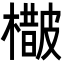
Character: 𣛵